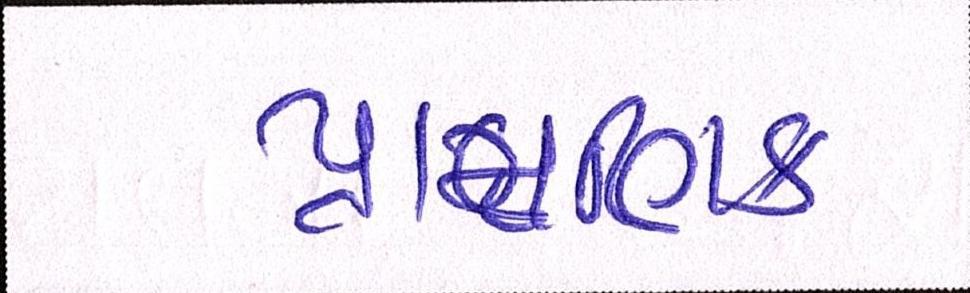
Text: પ્રામાણિક